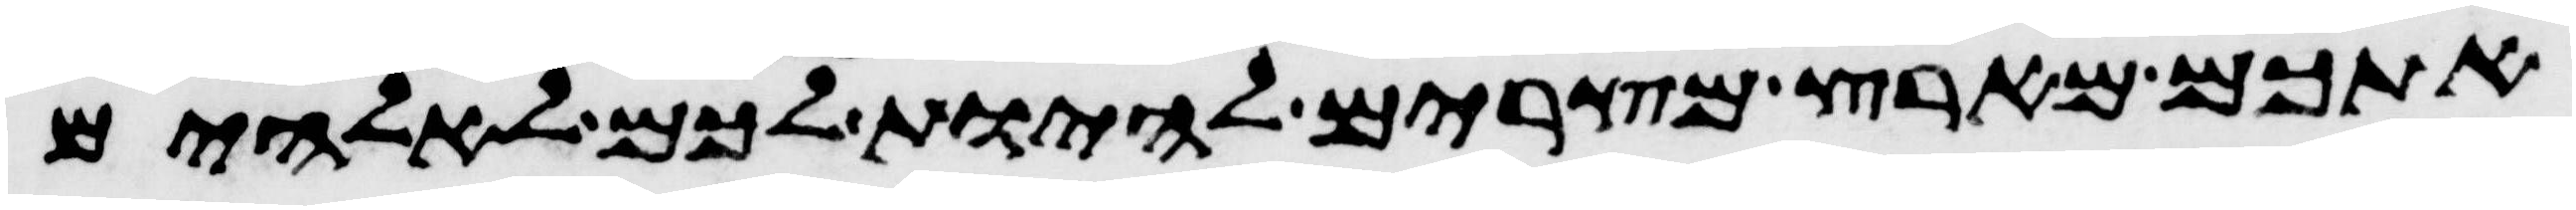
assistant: אתכם מארץ מצרים להיות לכם לאלהים